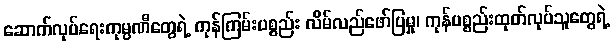
ဆောက်လုပ်ရေးကုမ္ပဏီတွေရဲ့ ကုန်ကြမ်းပစ္စည်း လိမ်လည်ဖော်ပြမှု၊ ကုန်ပစ္စည်းထုတ်လုပ်သူတွေရဲ့